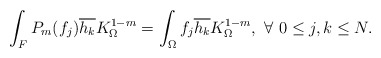
\begin{align*} \int_F P_m(f_j) \overline{h_k} K_\Omega^{1-m}= \int_\Omega f_j \overline{h_k} K_\Omega^{1-m}, \ \forall\ 0\leq j,k \leq N.\end{align*}